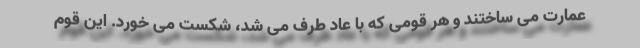
عمارت می ساختند و هر قومی که با عاد طرف می شد، شکست می خورد. این قوم